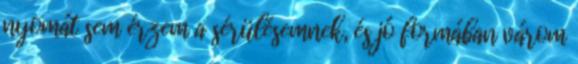
nyomát sem érzem a sérülésemnek, és jó formában várom